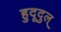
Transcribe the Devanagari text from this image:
हुदूदुल्